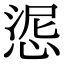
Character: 𢛜